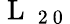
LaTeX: \mathrm{~L~}_{\mathrm{~2~0~}}